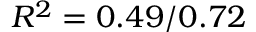
R ^ { 2 } = 0 . 4 9 / 0 . 7 2